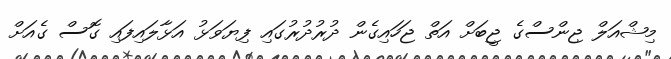
މިޝްއަލް ޖިންސްގެ ޖީބަށް އަތް ޖަހައިގެން ދުރުދުރުގައި ފިޔަވަޅު އަޅާލައިފައި ގޮސް ގެއަށް